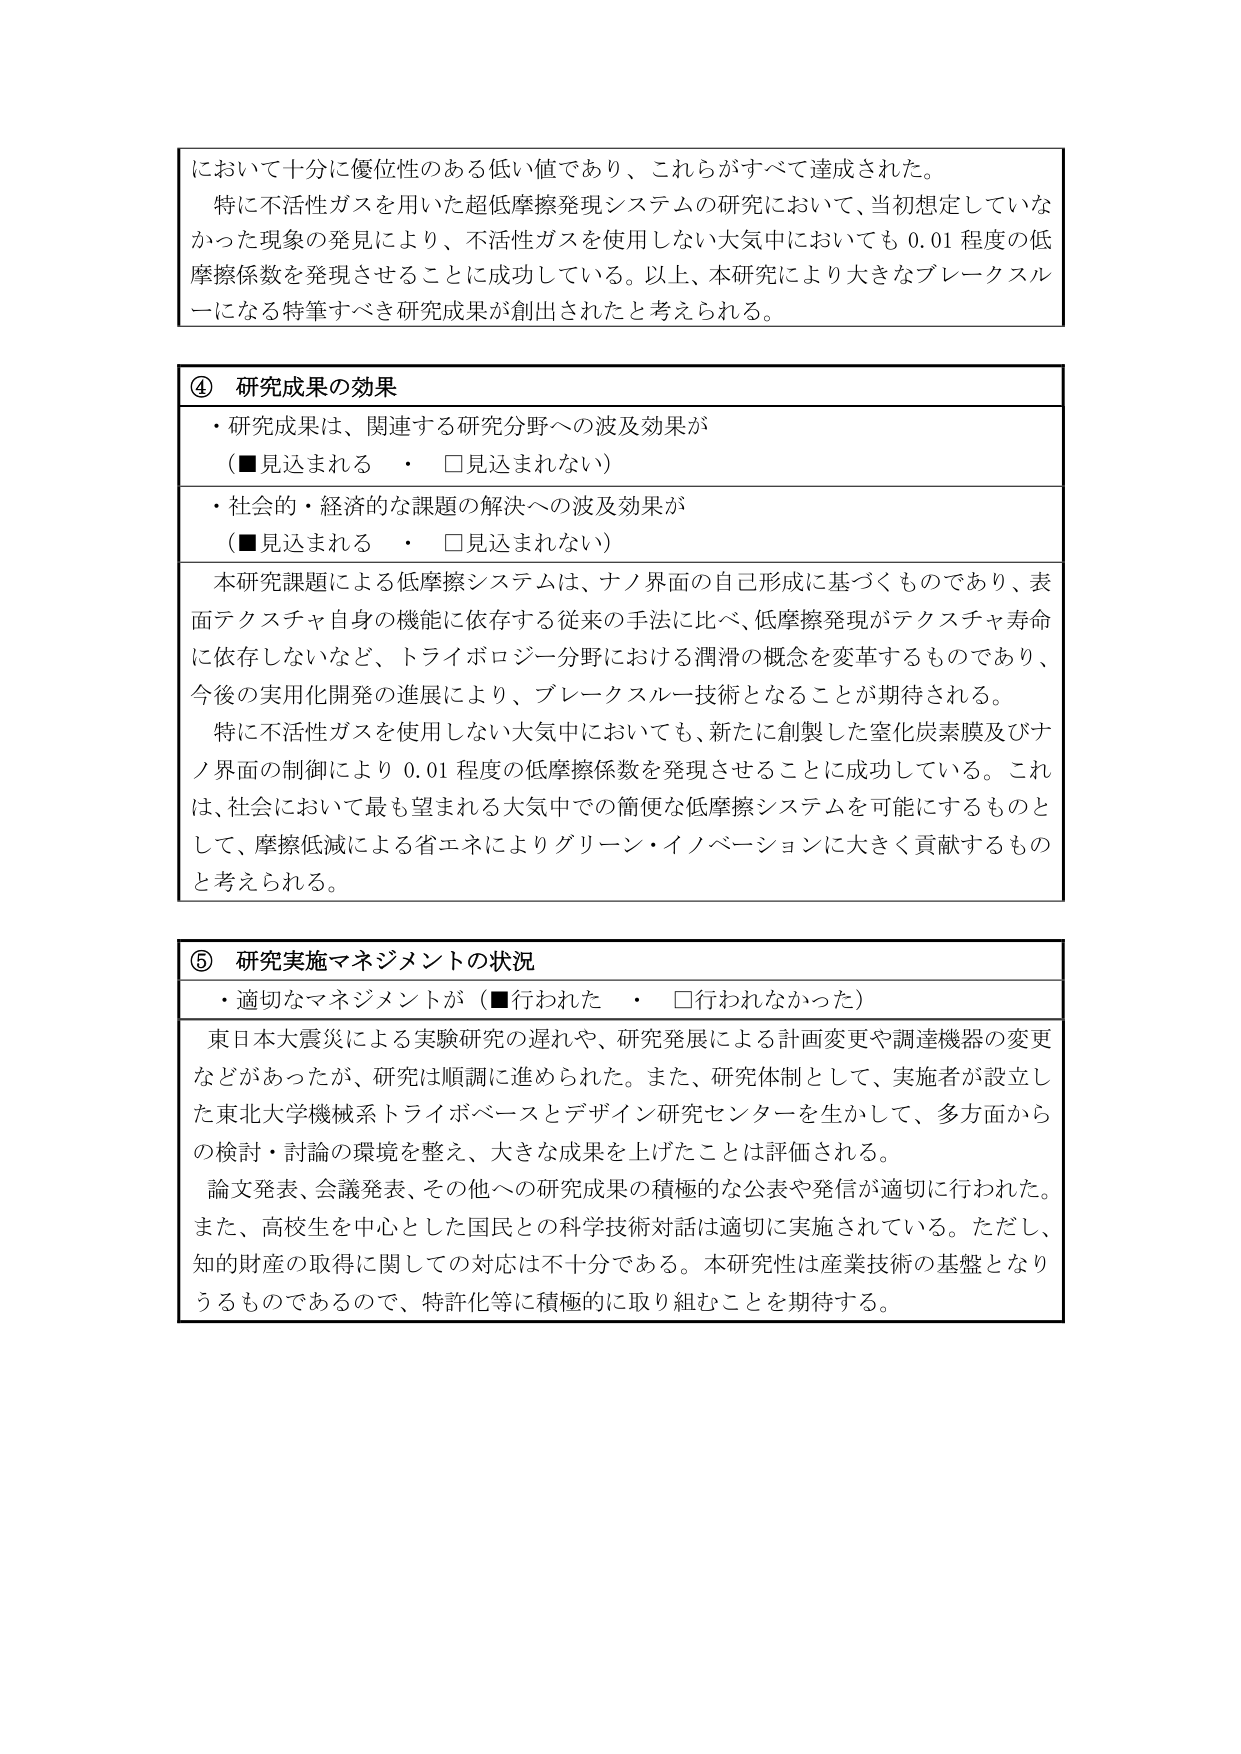
において十分に優位性のある低い値であり、これらがすべて達成された。
特に不活性ガスを用いた超低摩擦発現システムの研究において、当初想定していなかった現象の発見により、不活性ガスを使用しない大気中においても 0.01 程度の低摩擦係数を発現させることに成功している。以上、本研究により大きなブレークスルーになる特筆すべき研究成果が創出されたと考えられる。

④ 研究成果の効果
・研究成果は、関連する研究分野への波及効果が
（■見込まれる　・　□見込まれない）
・社会的・経済的な課題の解決への波及効果が
（■見込まれる　・　□見込まれない）
本研究課題による低摩擦システムは、ナノ界面の自己形成に基づくものであり、表面テクスチャ自身の機能に依存する従来の手法に比べ、低摩擦発現がテクスチャ寿命に依存しないなど、トライボロジー分野における潤滑の概念を変革するものであり、今後の実用化開発の進展により、ブレークスルー技術となることが期待される。
特に不活性ガスを使用しない大気中においても、新たに創製した窒化炭素膜及びナノ界面の制御により 0.01 程度の低摩擦係数を発現させることに成功している。これは、社会において最も望まれる大気中での簡便な低摩擦システムを可能にするものとして、摩擦低減による省エネによりグリーン・イノベーションに大きく貢献するものと考えられる。

⑤ 研究実施マネジメントの状況
・適切なマネジメントが（■行われた　・　□行われなかった）
東日本大震災による実験研究の遅れや、研究発展による計画変更や調達機器の変更などがあったが、研究は順調に進められた。また、研究体制として、実施者が設立した東北大学機械系トライボベースとデザイン研究センターを生かして、多方面からの検討・討論の環境を整え、大きな成果を上げたことは評価される。
論文発表、会議発表、その他への研究成果の積極的な公表や発信が適切に行われた。また、高校生を中心とした国民との科学技術対話は適切に実施されている。ただし、知的財産の取得に関しての対応は不十分である。本研究性は産業技術の基盤となりうるものであるので、特許化等に積極的に取り組むことを期待する。